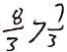
\frac { 8 } { 3 } > \frac { 7 } { 3 }